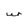
Character: W